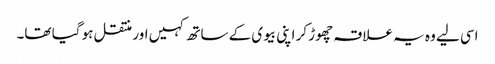
اسی لیے وہ یہ علاقہ چھوڑ کر اپنی بیوی کے ساتھ کہیں اور منتقل ہو گیا تھا۔